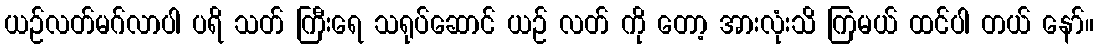
ယဉ်လတ်မဂ်လာပါ ပရိ သတ် ကြီးရေ သရုပ်ဆောင် ယဉ် လတ် ကို တော့ အားလုံးသိ ကြမယ် ထင်ပါ တယ် နော်။